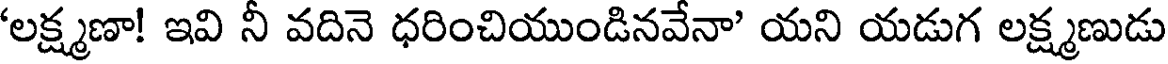
'లక్ష్మణా! ఇవి నీ వదినె ధరించియుండినవేనా' యని యడుగ లక్ష్మణుడు